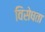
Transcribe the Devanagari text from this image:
विसेषता